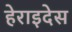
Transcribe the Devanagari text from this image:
हेराइदेस